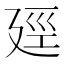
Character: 𪪯